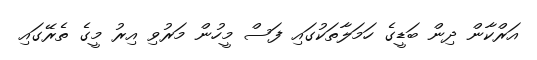
އަރްކާން ދިން ބަޑީގެ ހަމަލާތަކުގައި ފަސް މީހުން މަރުވި އިރު މީގެ ތެރޭގައި